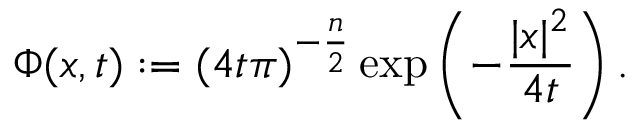
\Phi ( x , t ) : = ( 4 t \pi ) ^ { - { \frac { n } { 2 } } } \exp \left( - { \frac { | x | ^ { 2 } } { 4 t } } \right) .